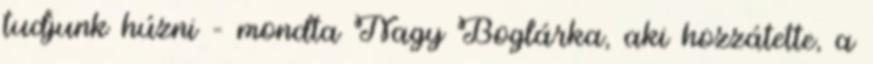
tudjunk húzni – mondta Nagy Boglárka, aki hozzátette, a